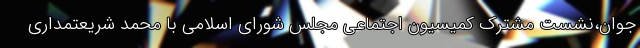
جوان،نشست مشترک کمیسیون اجتماعی مجلس شورای اسلامی با محمد شریعتمداری